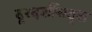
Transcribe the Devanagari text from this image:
दूरदर्शीसदृश